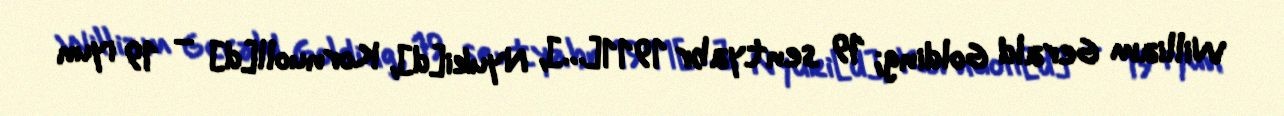
William Gerald Golding; 19 sentyabr 1911[…], Nyuki[d], Kornuoll[d] – 19 iyun